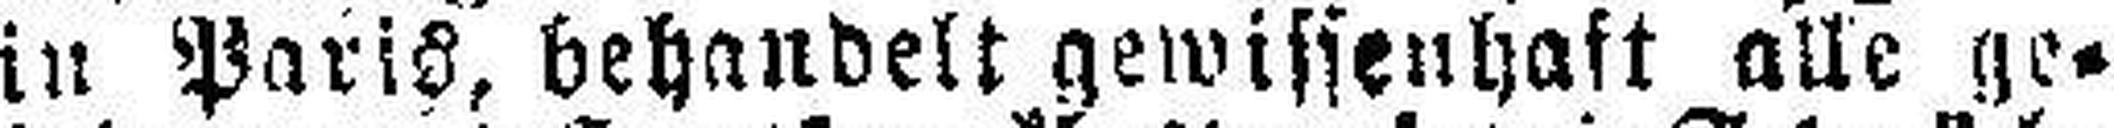
in Paris, behandelt gewissenhaft alle ge¬